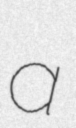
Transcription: a